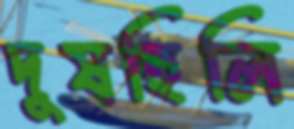
দুষছিলি